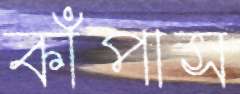
কাঁপাস